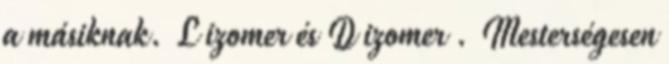
a másiknak. L izomer és D izomer . Mesterségesen